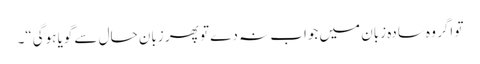
تو اگر وہ سادہ زبان میں جواب نہ دے تو پھر زبان حال سے گویا ہوگی“۔